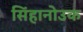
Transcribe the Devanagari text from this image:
सिंहानोउक